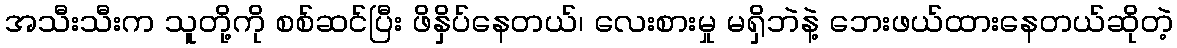
အသီးသီးက သူတို့ကို စစ်ဆင်ပြီး ဖိနှိပ်နေတယ်၊ လေးစားမှု မရှိဘဲနဲ့ ဘေးဖယ်ထားနေတယ်ဆိုတဲ့